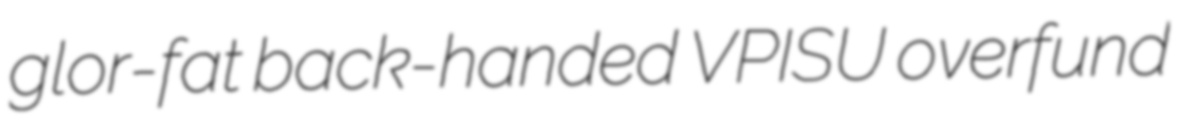
glor-fat back-handed VPISU overfund